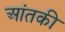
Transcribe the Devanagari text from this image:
आंतकी